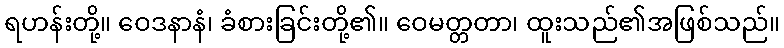
ရဟန်းတို့။ ဝေဒနာနံ၊ ခံစားခြင်းတို့၏။ ဝေမတ္တတာ၊ ထူးသည်၏အဖြစ်သည်။